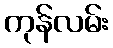
ကုန်လမ်း